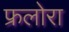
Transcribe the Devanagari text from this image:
फ्रलोरा